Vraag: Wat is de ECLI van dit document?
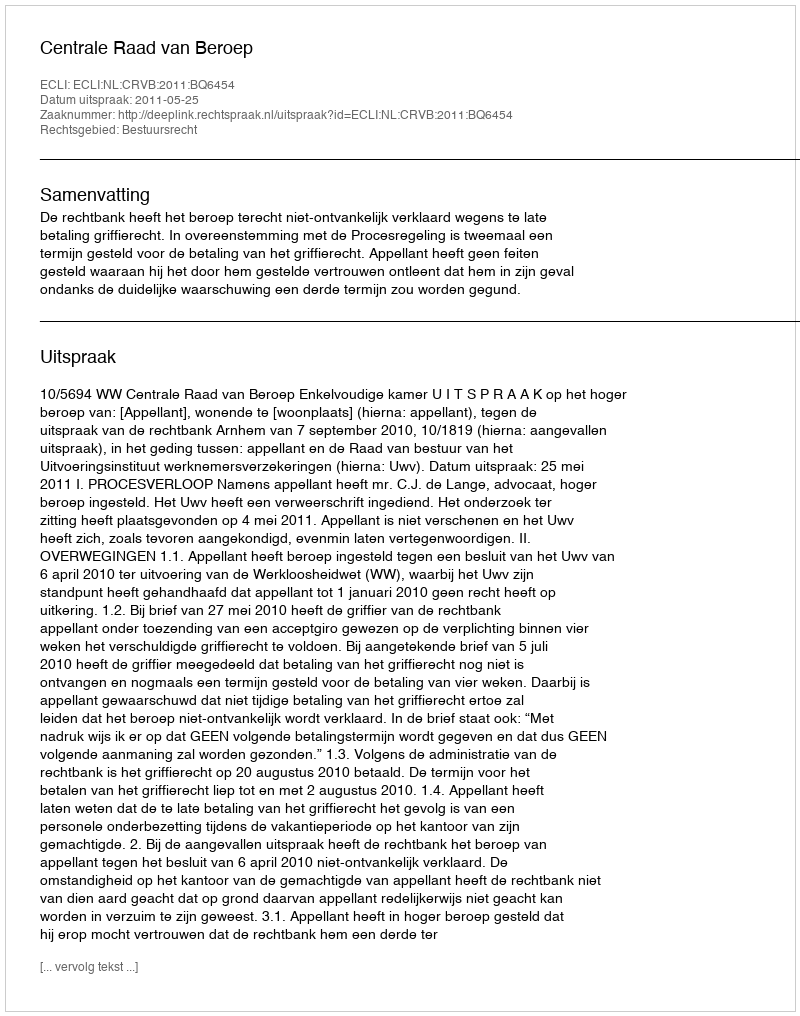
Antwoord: ECLI:NL:CRVB:2011:BQ6454